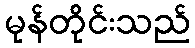
မုန်တိုင်းသည်